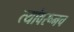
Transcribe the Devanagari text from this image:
त्यांवरूनच